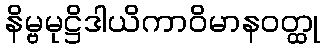
နိမ္ဗမုဋ္ဌိဒါယိကာဝိမာနဝတ္ထု